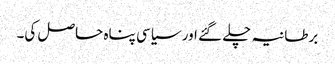
برطانیہ چلے گئے اور سیاسی پناہ حاصل کی۔